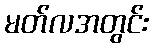
မတ်လအတွင်း